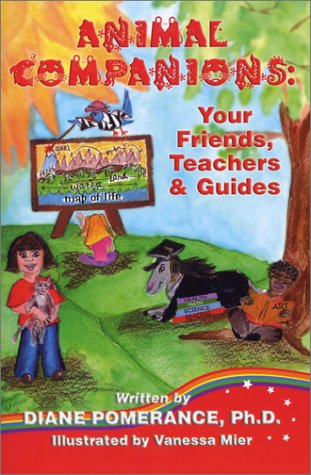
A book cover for Animal Companions: Your Friends, Teachers & Guides; Diane Pomerance; Crafts, Hobbies & Home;